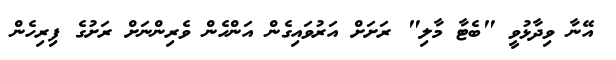
އޭނާ ވިދާޅުވީ "ބެޓާ މާލި" ރަށަށް އަރުވައިގެން އަންހެން ވެރިންނަށް ރަށުގެ ފިރިހެން